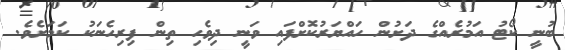
ބުނީ ކޯޓު އަމުރެއްގެ ދަށުން ހައްޔަރުކޮށްފައި ވަނީ ދިވެހި ތިން ފިރިހެނަކު ކަމަށެވެ.